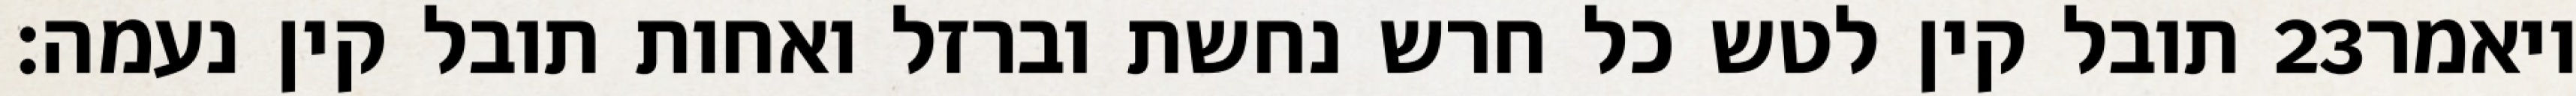
תובל קין לטש כל חרש נחשת וברזל ואחות תובל קין נעמה׃ ‎23‏ ויאמר